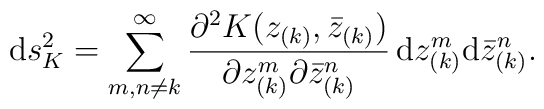
{\rm d}s^2_K = \sum_{m,n\neq k}^{\infty}{\partial^2 K(z_{(k)}, {\bar z}_{(k)})\over\partial z_{(k)}^m \partial {\bar z}_{(k)}^n}\, {\rm d}z_{(k)}^m{\rm d}{\bar z}_{(k)}^n.